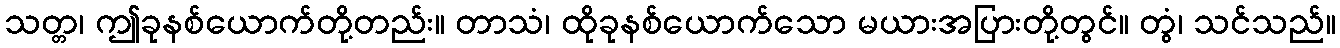
သတ္တ၊ ဤခုနစ်ယောက်တို့တည်း။ တာသံ၊ ထိုခုနစ်ယောက်သော မယားအပြားတို့တွင်။ တွံ၊ သင်သည်။